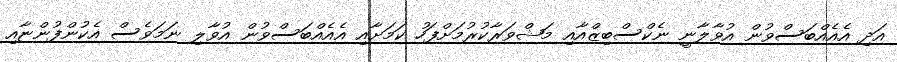
އަދި އެއެއްބަސްވުން އުވާލާނީ ނެކްސްބިޒްއާއި މަޝްވަރާކުރުމަށްފަހު ކަމަށާއި އެއެއްބަސްވުން އުވާލި ނަމަވެސް އެކުންފުންޏާއި